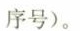
序号)。